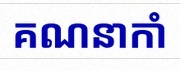
គណនាកាំ